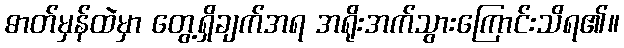
ဓာတ်မှန်ထဲမှာ တွေ့ရှိချက်အရ အရိုးအက်သွားကြောင်းသိရ၏။